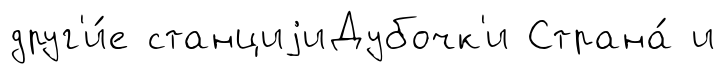
друг'и́е станциjиДубочк'и Страна́ и